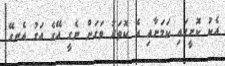
އެކު ކޮށީގައި ކަމަށާއި އެ ކޮތަރު ވަގަށް ނެގީ އޭގެ އަގު އެނގޭ